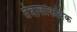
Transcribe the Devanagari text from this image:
तंत्रालोकत्रिक